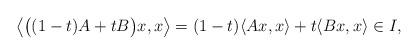
LaTeX: \begin{align*}\left\langle \big((1-t)A+tB\big)x,x\right\rangle = (1-t)\langle Ax,x\rangle+t\langle Bx,x\rangle\in I,\end{align*}